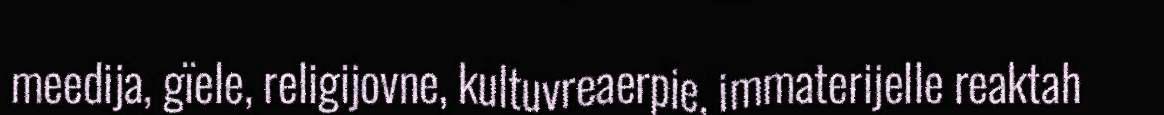
meedija, gïele, religijovne, kultuvreaerpie, immaterijelle reaktah